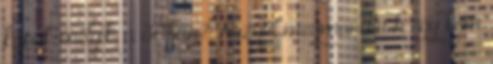
kaput. melyik, a 30ban? Nazgul megmondta h egy kém